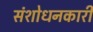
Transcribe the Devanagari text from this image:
संशोधनकारी